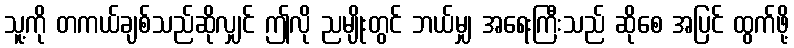
သူ့ကို တကယ်ချစ်သည်ဆိုလျှင် ဤလို ညမျိုးတွင် ဘယ်မျှ အရေးကြီးသည် ဆိုစေ အပြင် ထွက်ဖို့